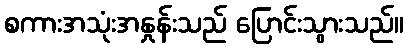
စကားအသုံးအနှုန်းသည် ပြောင်းသွားသည်။